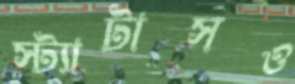
স্ট্যাটাসও